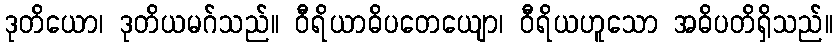
ဒုတိယော၊ ဒုတိယမဂ်သည်။ ဝီရိယာဓိပတေယျော၊ ဝီရိယဟူသော အဓိပတိရှိသည်။